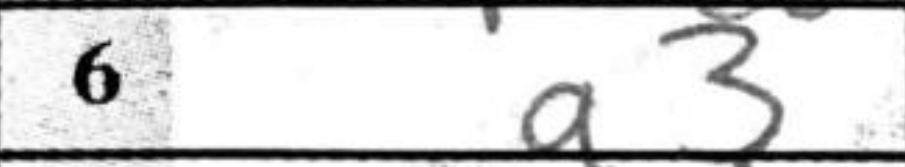
Transcription: a3